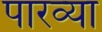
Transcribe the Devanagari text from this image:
पारव्या